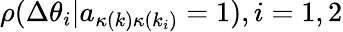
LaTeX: \rho(\Delta\theta_{i}|a_{\kappa(k)\kappa(k_{i})}=1),i=1,2